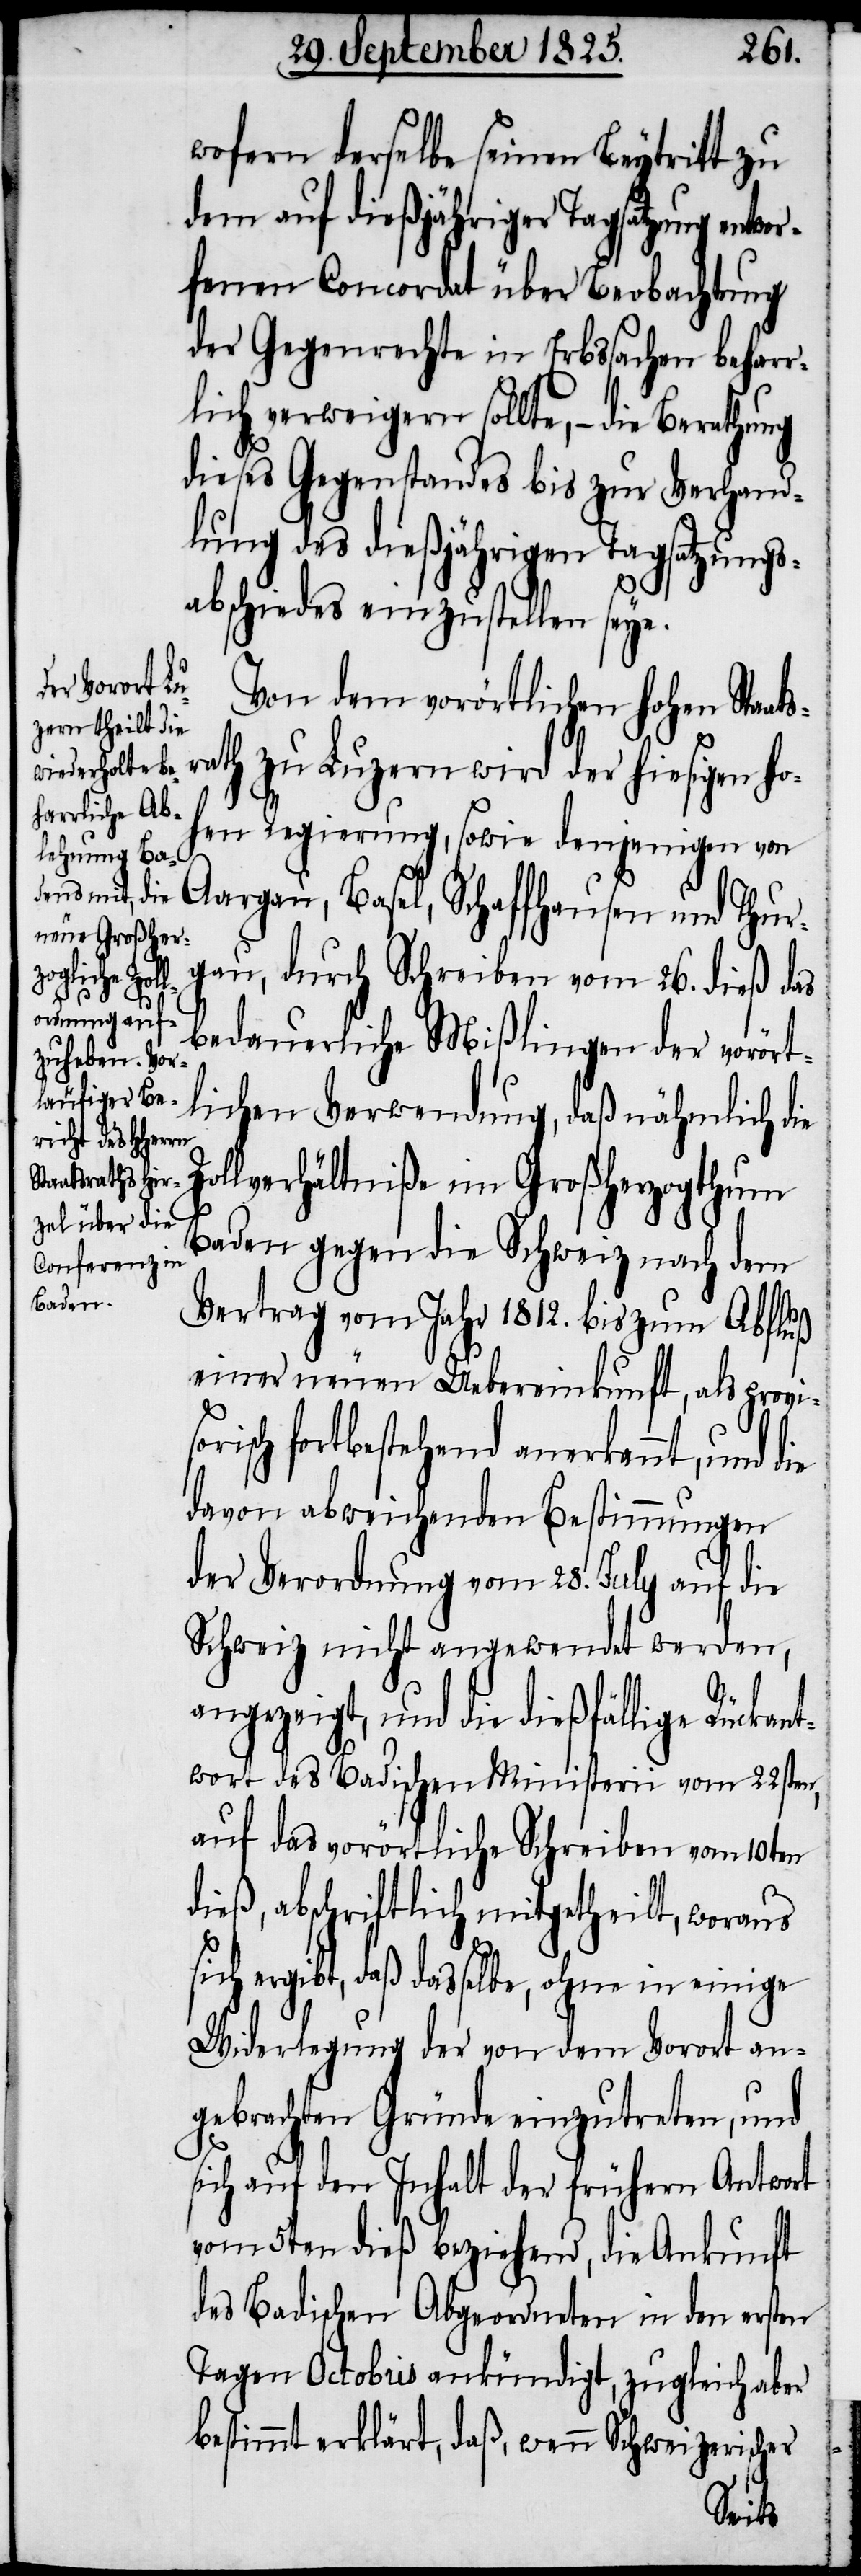
wofern derselbe seinen Beytritt zu
dem auf dießjähriger Tagsatzung entwo¬
rfenen Concordat über Beobachtung
der Gegenrechte in Erbssachen beharr¬
lich verweigern sollte, – die Berathung
dieses Gegenstandes bis zur Verhand¬
lung des dießjährigen Tagsatzungs¬
abschiedes einzustellen seye.
Von dem vorörtlichen hohen Staats¬
rath zu Luzern wird der hiesigen ho¬
hen Regierung, sowie denjenigen von
Aargau, Basel, Schaffhausen und Thur¬
gau, durch Schreiben vom 26. dieß das
s¬
bedauerliche Mißlingen der vorört¬
lichen Verwendung, daß nähmlich die
Zollverhältniße im Großherzogthum
Baden gegen die Schweiz nach dem
Vertrag vom Jahr 1812. bis zum Abfluß
einer neuen Uebereinkunft, als provi¬
risch fortbestehend anerkannt, und d¬
davon abweichenden Bestimmungen
der Verordnung vom 28. July auf die
Schweiz nicht angewendet werden,
angezeigt, und die dießfällige Rückant¬
wort des Badischen Ministerii vom 22sten,
auf das vorörtliche Schreiben vom 10ten
dieß, abschriftlich mitgetheilt, woraus
ich ergibt, daß dasselbe, ohne in einige
Widerlegung der von dem Vorort an¬
gebrachten Gründe einzutreten, und
sich auf den Inhalt der frühern Antwort
vom 6ten dieß beziehend, die Ankunft
des Badischen Abgeordneten in den ersten
Tagen Octobris ankündigt, zugleich aber
bestimmt erklärt, daß, wenn Schweizerischer